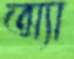
অ্যা